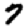
Digit: 7